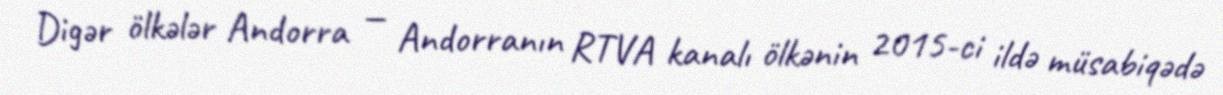
Digər ölkələr Andorra — Andorranın RTVA kanalı ölkənin 2015-ci ildə müsabiqədə